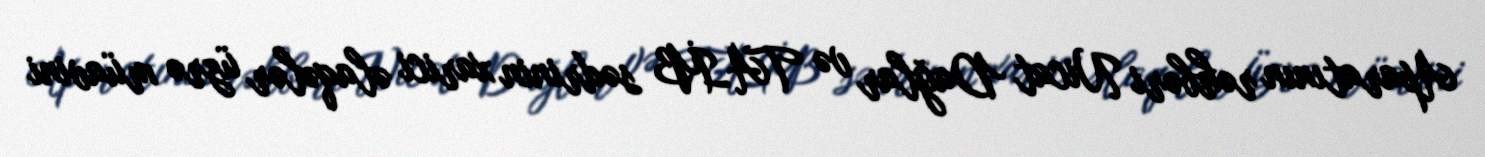
Aparatının rəhbəri Nicat Dağlar və TAİB sədrinin xarici əlaqələr üzrə müavini